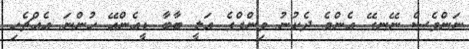
ނަންވެސް ނޭނގޭ އެންމެ ދެކުނު ވިންގްގެ އަލީ ބާބާ ޑީއެންއޭ ހުންނަ އެއްޗެހި